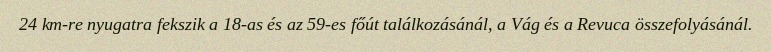
24 km-re nyugatra fekszik a 18-as és az 59-es főút találkozásánál, a Vág és a Revuca összefolyásánál.